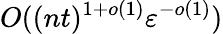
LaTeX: O((nt)^{1+o(1)}\varepsilon^{-o(1)})